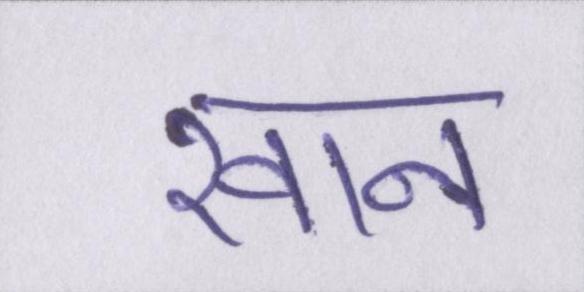
खान